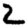
Digit: 2